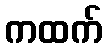
ကထက်